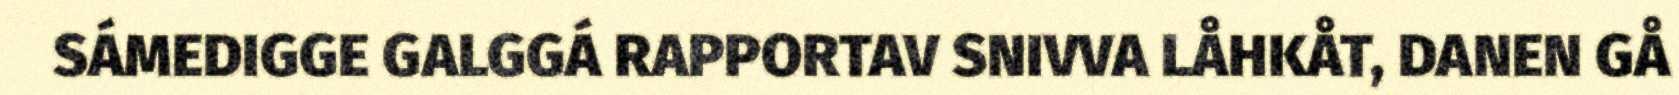
SÁMEDIGGE GALGGÁ RAPPORTAV SNIVVA LÅHKÅT, DANEN GÅ